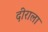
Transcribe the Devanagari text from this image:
दीराला